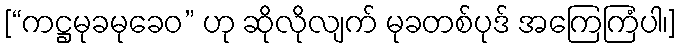
[“ကဋ္ဌမုခမုခေဝ” ဟု ဆိုလိုလျက် မုခတစ်ပုဒ် အကြေကြံပါ၊]